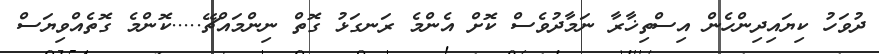
ދުވަހު ކިޔައިދިންހެން އިސްތިޚާރާ ނަމާދުވެސް ކޮށް އެންމެ ރަނގަޅު ގޮތް ނިންމައްޗޭ.....ކޮންމެ ގޮތެއްވިޔަސް